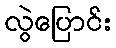
လွဲပြောင်း